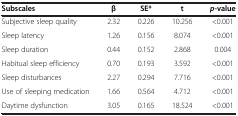
| Subscales | β | SE* | t | p-value |
 | --- | --- | --- | --- | --- |
 | Subjective sleep quality | 2.32 | 0.226 | 10.256 | <0.001 |
 | Sleep latency | 1.26 | 0.156 | 8.074 | <0.001 |
 | Sleep duration | 0.44 | 0.152 | 2.868 | 0.004 |
 | Habitual sleep efficiency | 0.70 | 0.193 | 3.592 | <0.001 |
 | Sleep disturbances | 2.27 | 0.294 | 7.716 | <0.001 |
 | Use of sleeping medication | 1.66 | 0.564 | 4.712 | <0.001 |
 | Daytime dysfunction | 3.05 | 0.165 | 18.524 | <0.001 |